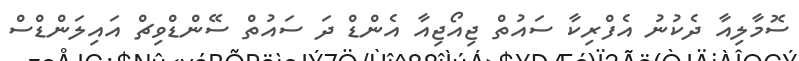
ސޮމާލިއާ ދެކުނު އެފްރިކާ ސައުތް ޖިއޯޖިއާ އެންޑް ދަ ސައުތް ސޭންޑްވިޗް އައިލަންޑްސް